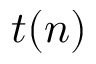
t ( n )